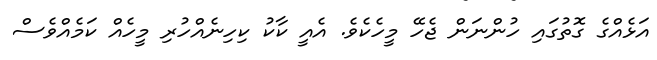
އަޅެއްގެ ގޮތުގައި ހުންނަން ޖެހޭ މީހެކެވެ. އެއީ ކާކު ކިހިނެއްހުރި މީހެއް ކަމެއްވެސް